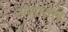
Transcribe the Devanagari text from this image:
अंशांतले